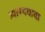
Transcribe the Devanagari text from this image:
त्र्याण्यवावा